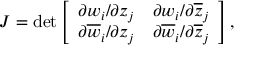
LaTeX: J = \operatorname * { d e t } \left[ \begin{array} { c c } { { \partial w _ { i } / \partial z _ { j } } } & { { \partial w _ { i } / \partial \overline { { { z } } } _ { j } } } \\ { { \partial \overline { { { w } } } _ { i } / \partial z _ { j } } } & { { \partial \overline { { { w } } } _ { i } / \partial \overline { { { z } } } _ { j } } } \end{array} \right] ,